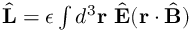
\begin{array} { r } { \hat { \bf L } = \epsilon \int d ^ { 3 } { \bf r } \ \hat { \bf E } ( { \bf r } \cdot \hat { \bf B } ) } \end{array}